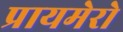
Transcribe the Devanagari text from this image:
प्रायमेरो